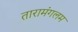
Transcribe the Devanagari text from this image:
तारामंगलम